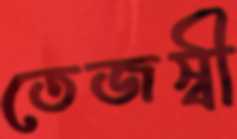
তেজস্বী